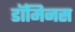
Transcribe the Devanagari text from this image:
डॉमिनस